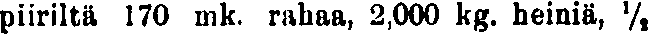
piiriltä 170 mk. rahaa, 2,000 kg. heiniä, ½